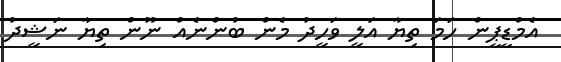
އެމްޑީޕީން ހަމަ ތިޔާ އަލީ ވަހީދު މެން ބުންނެއް ނޫން ތިޔާ ނަޝީދު